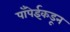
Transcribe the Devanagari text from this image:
पाँपेईकडून